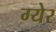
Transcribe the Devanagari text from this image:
ग्येर